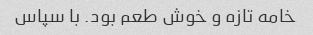
خامه تازه و خوش طعم بود. با سپاس